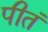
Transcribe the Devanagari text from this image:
पीतं